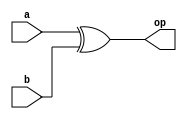
module xor1(op,a,b);

    input [127:0] a,b;
    output [127:0] op;

    assign op = a^b;

endmodule